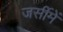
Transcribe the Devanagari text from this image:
जर्सीमें